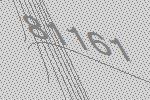
81161